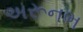
અરૂનભ